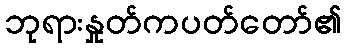
ဘုရားနှုတ်ကပတ်တော်၏